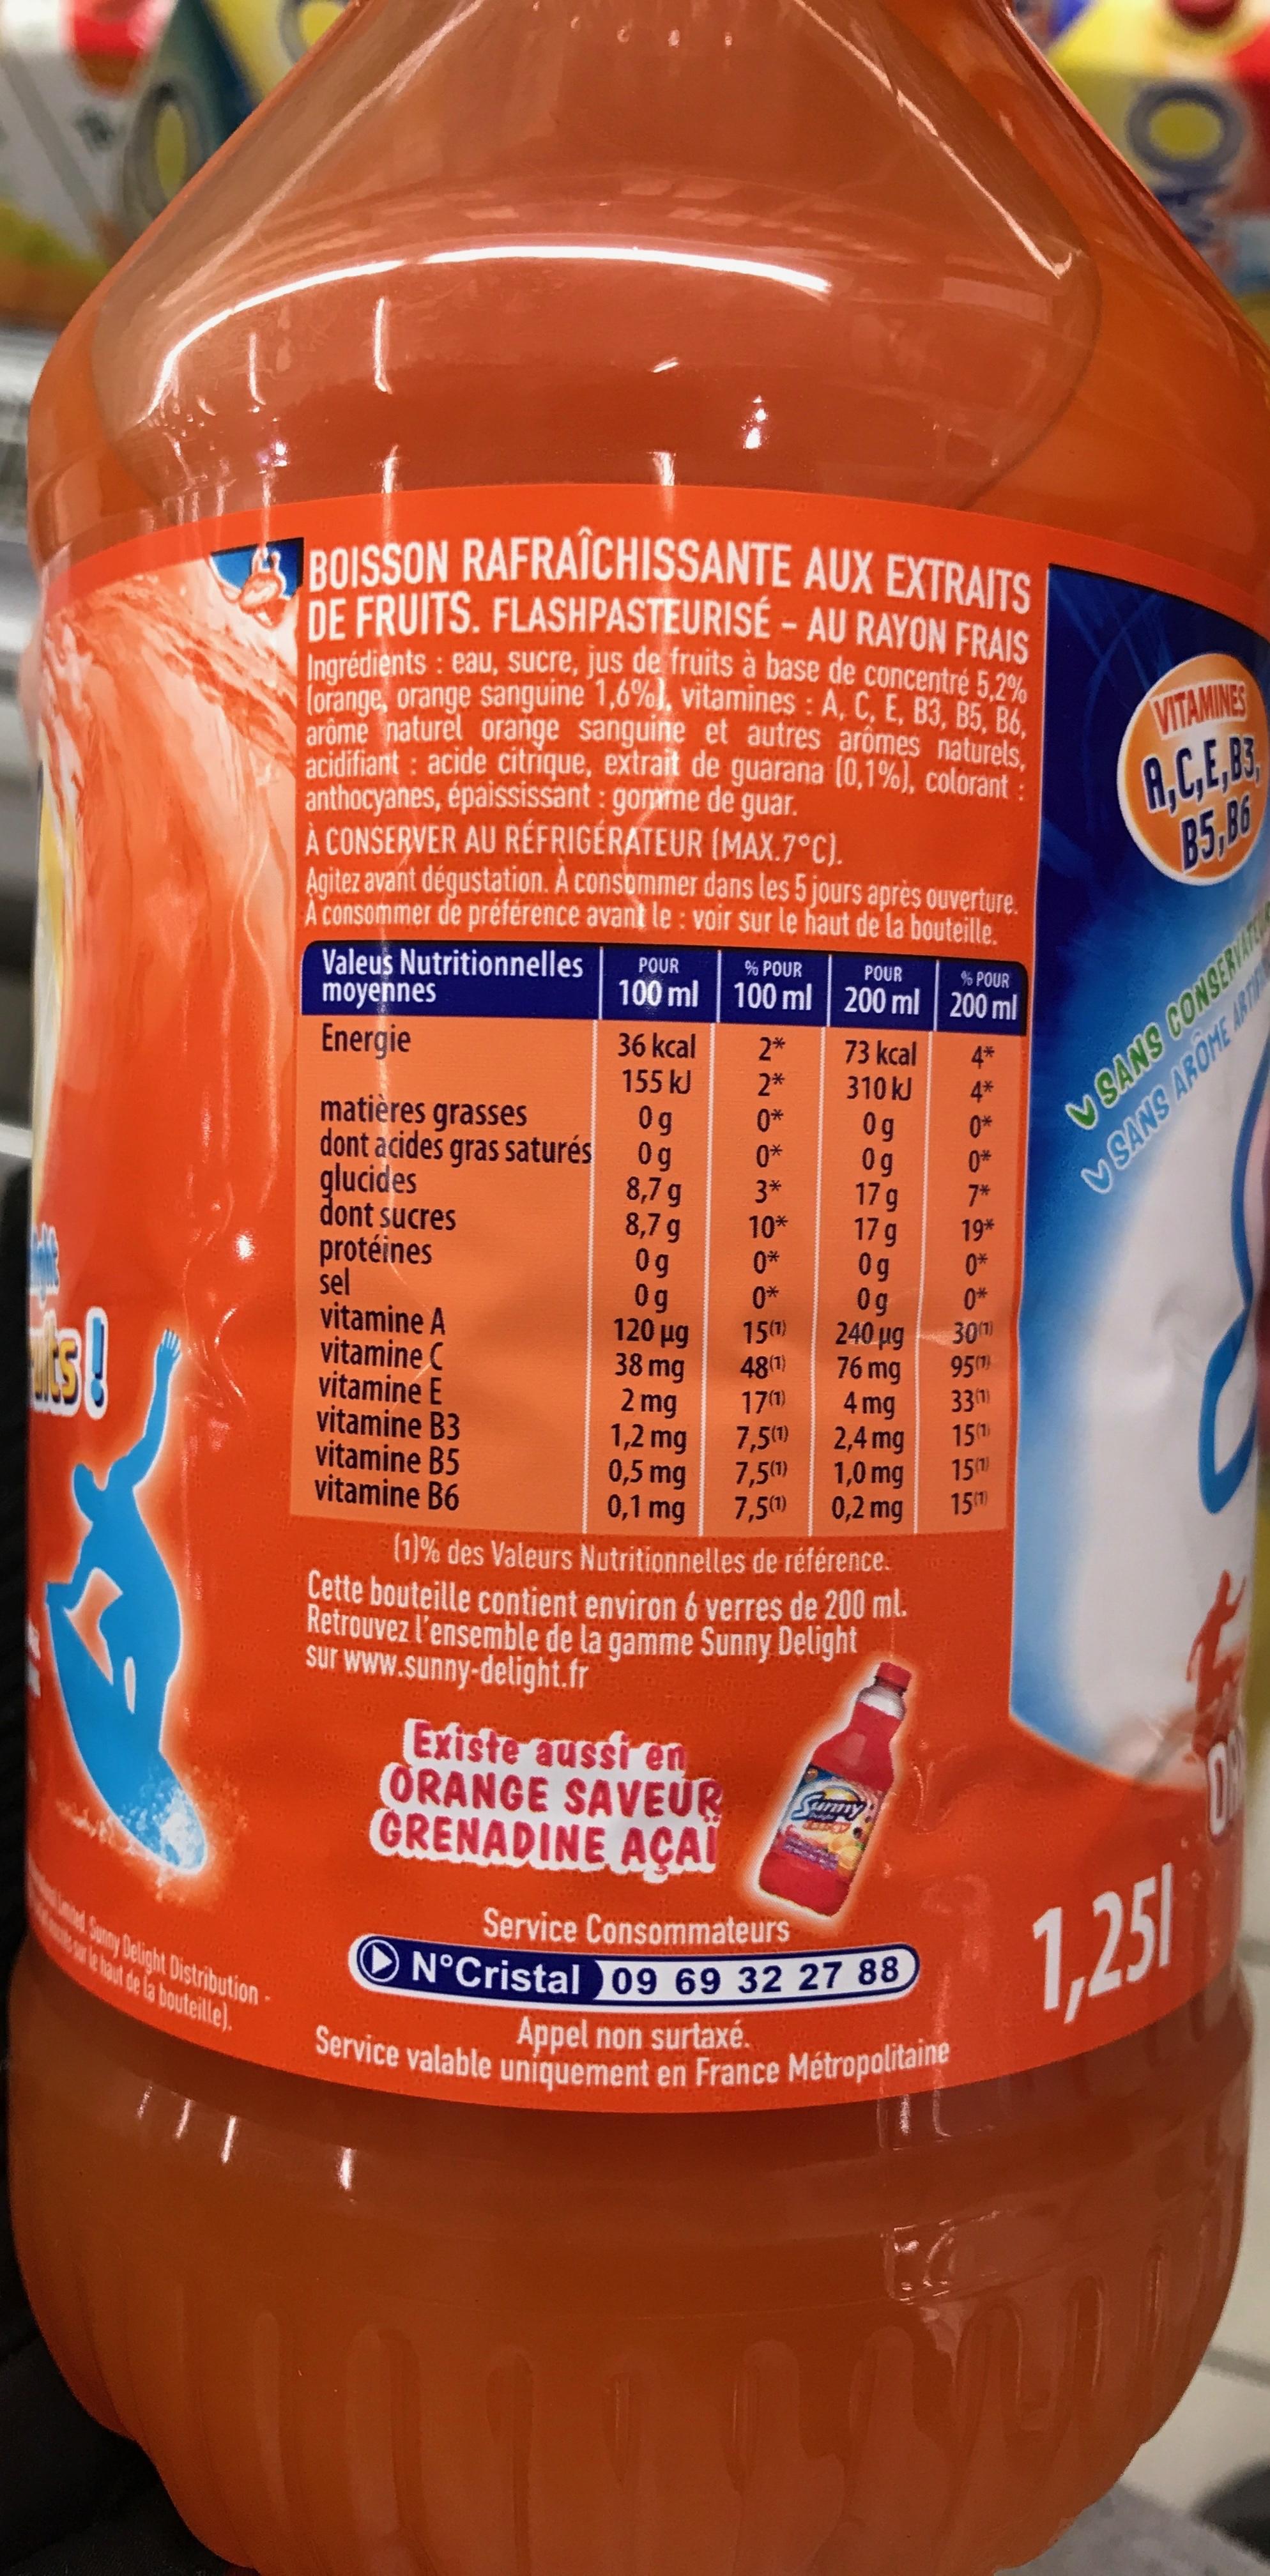
s!
e le haut de la bouteille). Sunny Delight DistributionBOISSON RAFRAÎCHISSANTE AUX EXTRAITS DE FRUITS. FLASHPASTEURISÉ-AU RAYON FRAIS Ingrédients: eau, sucre, jus de fruits à base de concentré 5,2% (orange, orange sanguine 1,6%), vitamines A, C, E, B3, B5, B6, arôme naturel orange sanguine et autres arômes naturels. acidifiant: acide citrique, extrait de guarana (0,1%), colorant anthocyanes, épaississant: gomme de guar.
À CONSERVER AU RÉFRIGÉRATEUR (MAX.7°C).
Agitez avant dégustation. A consommer dans les 5 jours après ouverture. A consommer de préférence avant le : voir sur le haut de la bouteille.
Valeus Nutritionnelles moyennes
Energie
matières grasses dont acides gras saturés
glucides
dont sucres
protéines
sel
vitamine A
vitamine C vitamine E vitamine B3
vitamine B5
vitamine B6
POUR
100 ml
% POUR
100 ml
36 kcal
155 kJ
2*
2*
Og
0*
Og 0*
8,7 g
3*
8,7 g
10*
Og
Og
120 μg
38 mg
2 mg
1,2 mg
0,5 mg
0,1 mg
15(¹)
48(1)
17 (1)
7,5(1)
7,5 (1)
7,5 (1)
POUR
% POUR
200 ml 200 ml
73 kcal
310 kJ
Og
Og
17 g
17 g
Og
Og
2,4 mg
1,0 mg
0,2 mg
240 μg 30 (1)
76 mg
95
4 mg
(1)% des Valeurs Nutritionnelles de référence.
Cette bouteille contient environ 6 verres de 200 ml. Retrouvez l'ensemble de la gamme Sunny Delight sur www.sunny-delight.fr
**bbbb
19*
Existe aussi en ORANGE SAVEUR GRENADINE AÇAI
Service Consommateurs N°Cristal 09 69 32 27 88
Service valable uniquement en France Métropolitaine
Appel non surtaxé.
33(1)
151
15)
15(1)
VITAMINES A,C,E,B3
B5, B6
1,25/
CONSERVATO
SANS
SANS AROME ART